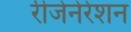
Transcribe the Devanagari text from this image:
रीजेनेरेशन